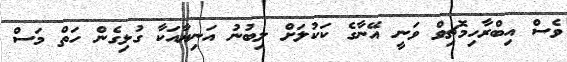
ވެސް އިބްރާހިމޮޗިވް ވަނީ އޭނާގެ ކަކުލަށް ލިބުނު އަނިޔާއަކާ ގުޅިގެން ހަތް މަސް